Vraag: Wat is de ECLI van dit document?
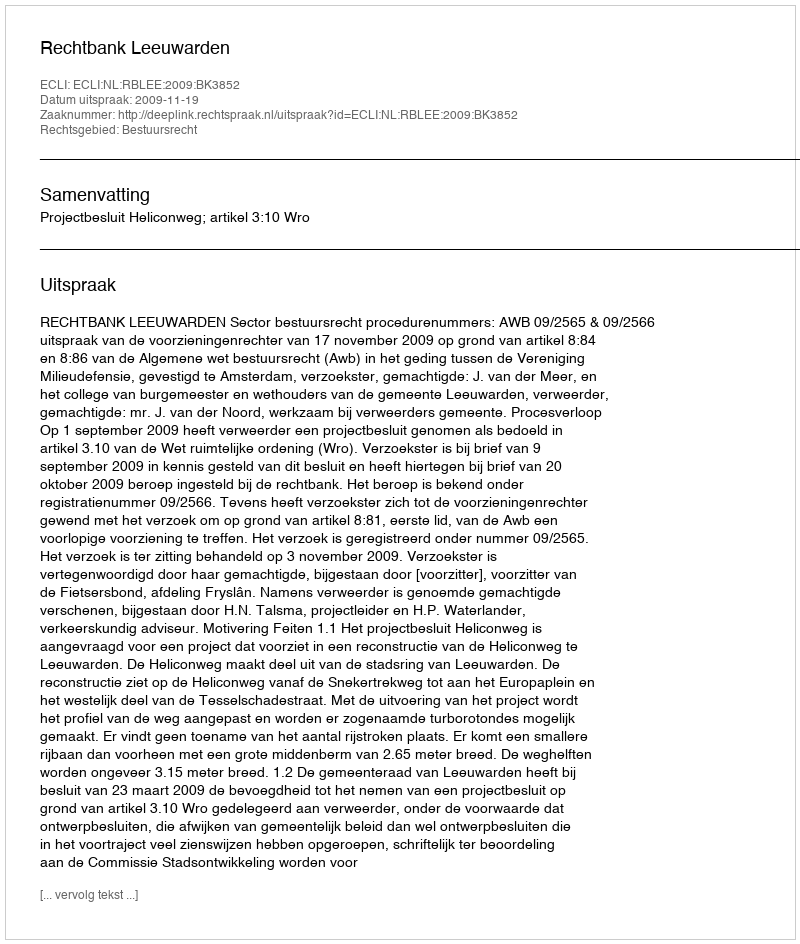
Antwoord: ECLI:NL:RBLEE:2009:BK3852